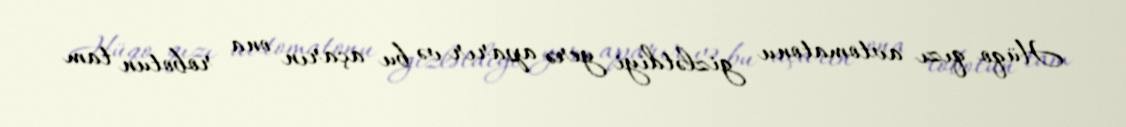
Hüqo qızı avtomatonu gizlətdiyi yerə aparır və bu açarın ona robotun tam